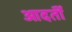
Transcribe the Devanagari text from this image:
आदतॊं